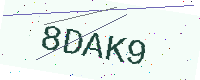
Text: 8DAK9